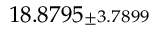
1 8 . 8 7 9 5 { \scriptstyle \pm 3 . 7 8 9 9 }